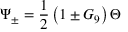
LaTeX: \Psi _ { \pm } = \frac { 1 } { 2 } \left( 1 \pm G _ { 9 } \right) \Theta